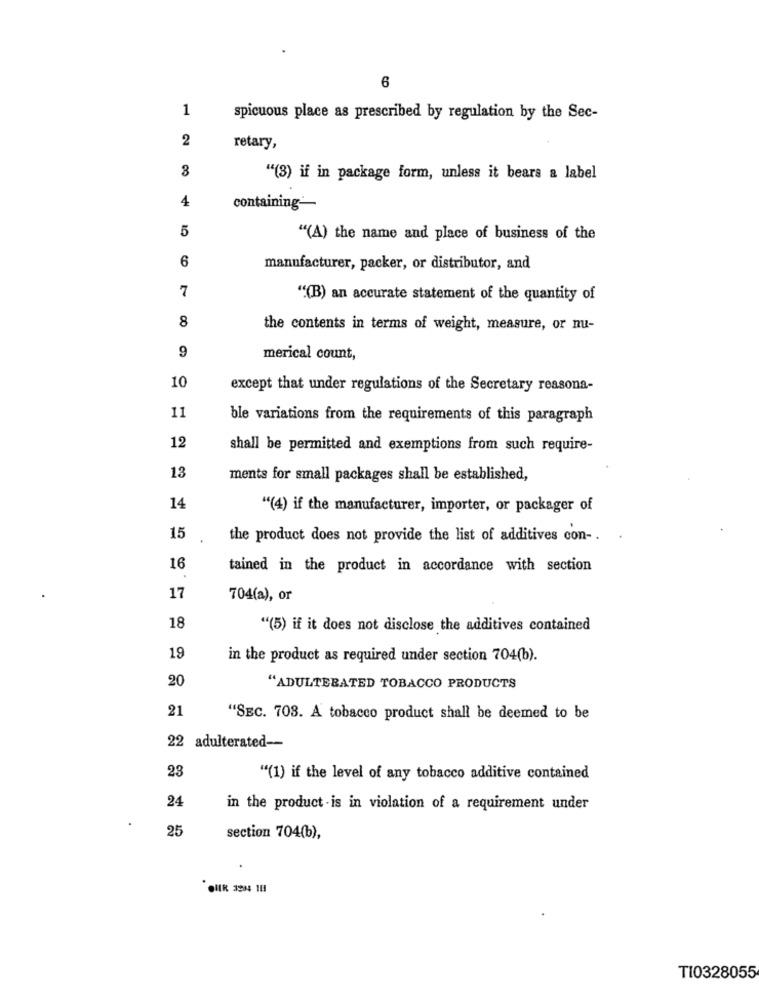
6
1
spicuous place as prescribed by regulation by the Sec-
2
retary,
8
"(3) if in package form, unless it bears & label
4
containing-
5
"(A) the name and place of business of the
6
manufacturer, packer, or distributor, and
7
"(B) an accurate statement of the quantity of
8
the contents in terms of weight, measure, or nu-
9
merical count,
10
except that under regulations of the Secretary reasona-
11
ble variations from the requirements of this paragraph
12
shall be permitted and exemptions from such require-
13
ments for small packages shall be established,
14
"(4) if the manufacturer, importer, or packager of
15
the product does not provide the list of additives con -.
.
16
tained in the product in accordance with section
17
704(a), or
18
"(5) if it does not disclose the additives contained
19
in the product as required under section 704(b).
20
"ADULTERATED TOBACCO PRODUCTS
21
"SEC. 703. A tobacco product shall be deemed to be
22 adulterated --
23
"(1) if the level of any tobacco additive contained
24
in the product is in violation of a requirement under
25
section 704(b),
TI0328055